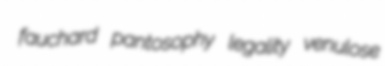
fauchard pantosophy legality venulose